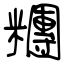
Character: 糰